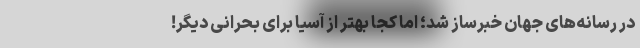
در رسانه‌های جهان خبرساز شد؛ اما کجا بهتر از آسیا برای بحرانی دیگر!